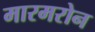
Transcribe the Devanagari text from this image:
मारमरोन